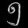
Digit: ၅